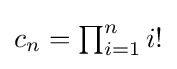
{\textstyle c_{n}=\prod _{i=1}^{n}i!}